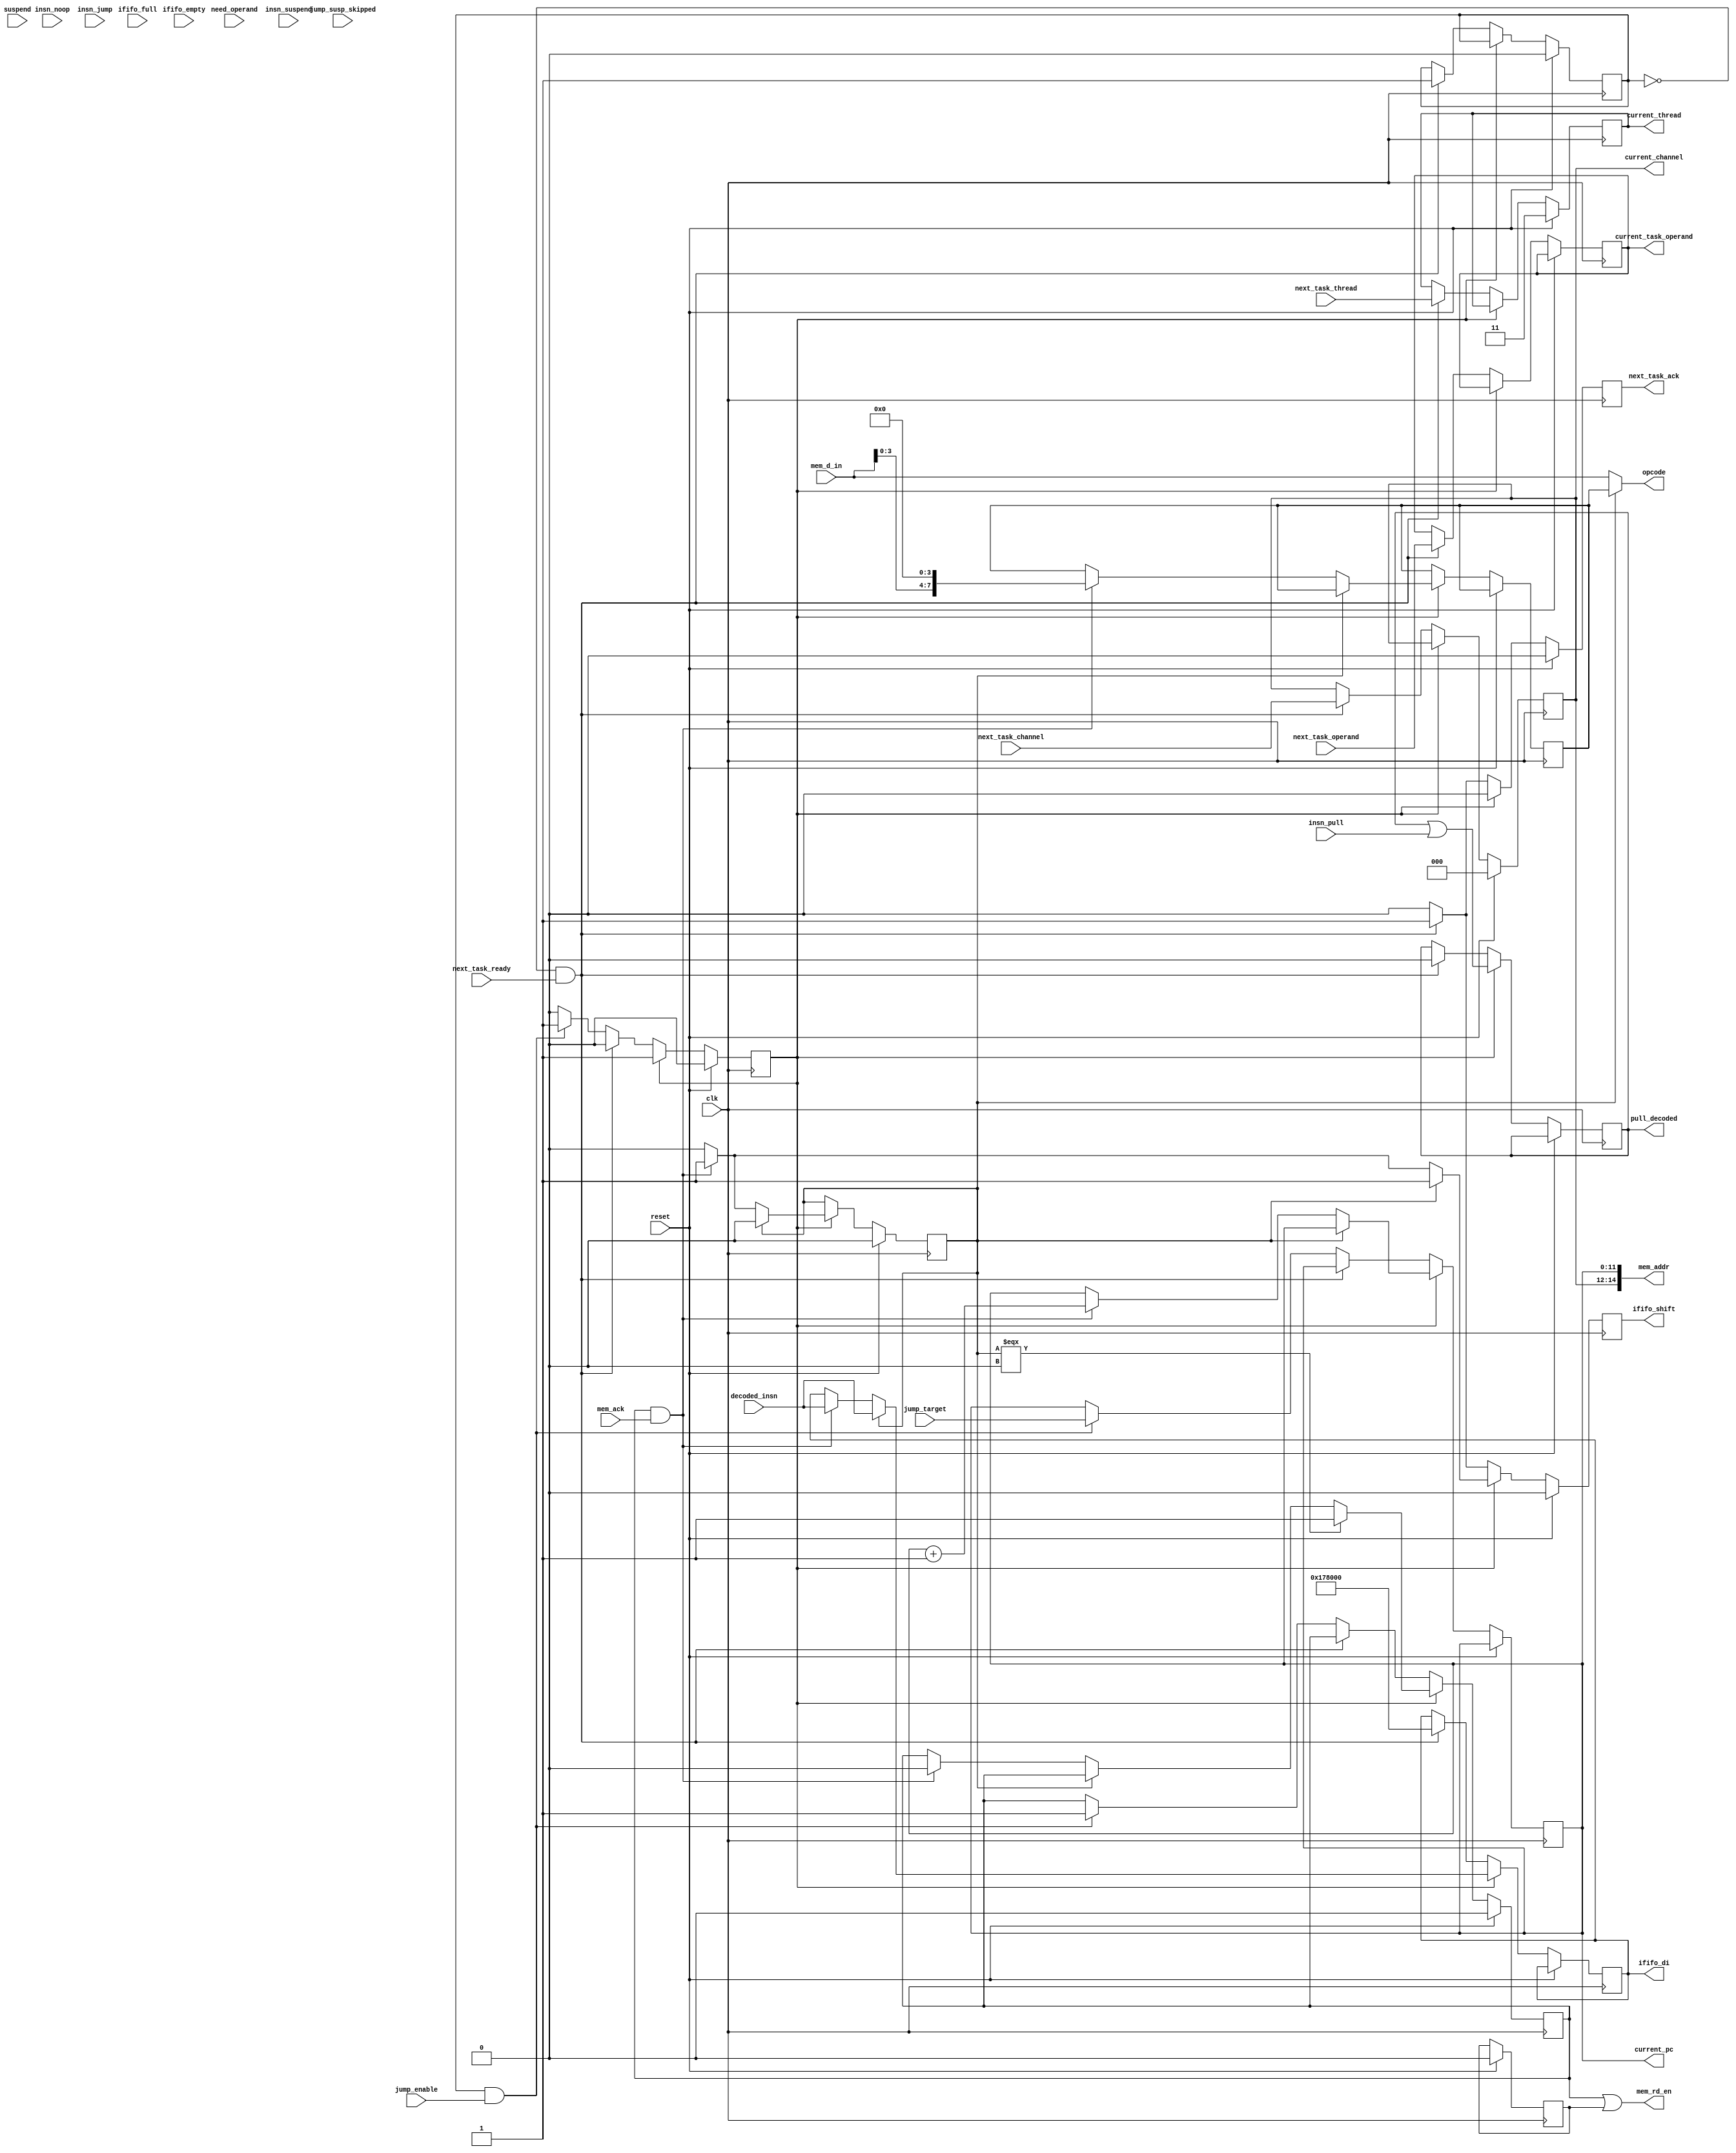
module instruction_fetch (
			  // generic inputs			  
			  clk, reset,
			  // connection to task launch fifo
			  next_task_channel, next_task_thread, next_task_operand,
			  next_task_ready, next_task_ack,
			  // connection to instruction decoder
			  opcode, pull_decoded, decoded_insn, need_operand, 
			  insn_noop, insn_suspend, insn_pull, insn_jump,
			  // connection to instruction fifo
			  ififo_di, ififo_empty, ififo_full, ififo_shift,
			  // feedback from execution stage
			  jump_enable, jump_target, suspend, jump_susp_skipped, 
			  // connection to memory controller
			  mem_addr, mem_rd_en, mem_d_in, mem_ack,
			  // status information
			  current_channel, current_thread, current_pc, current_task_operand
			  );

   // we only receive 3 bits of channel ID, not 4, as the least significant bit is
   // used to sort channel requests into separate queues, and this fetcher only operates
   // on one of those queues:
   parameter CHAN_SEL_SIZE=3;
   // each channel has 3 threads, 0 (input), 1 (output), 2 (request).  thread 3 is reserved.
   parameter THREAD_SEL_SIZE=2;
   parameter PC_SIZE=12;
   parameter MEM_ADDR_SIZE=12;
   // SRAM addresses are {channel number,local address}:
   parameter SRAM_ADDR_SIZE=MEM_ADDR_SIZE+CHAN_SEL_SIZE;   
   parameter OPCODE_SIZE=8;
   parameter OPERAND_SIZE=8;
   parameter DECODED_INSN_SIZE=24;
   parameter INSN_BUF_WIDTH=DECODED_INSN_SIZE;

   parameter DI_REQUESTPC = 24'h178000;

   // clock input (all activity to take place on positive edge)
   input                         clk;
   // reset (active high, synchronous)
   input 			 reset; 			 

   // connection to task launch fifo
   // ==============================
   // number of channel to start if no task currently executing
   input [CHAN_SEL_SIZE-1:0] 	 next_task_channel;
   // thread within channel
   input [THREAD_SEL_SIZE-1:0] 	 next_task_thread;
   // operand stored in task fifo to pass to thread's "PULL" instruction
   input [OPERAND_SIZE-1:0] 	 next_task_operand; 	 
   // high if new task available
   input 			 next_task_ready;
   // set to high whenever a new task is begun
   output 			 next_task_ack;
   
   // connection to instruction decoder
   // =================================
   // opcode being decoded
   output [OPCODE_SIZE-1:0] 	 opcode;
   // high if a pull instruction has already been decoded and the next element in the task fifo
   // is not for the current thread
   output 			 pull_decoded;
   // decoded instruction returned
   input [DECODED_INSN_SIZE-1:0] decoded_insn;
   // high if decoded instruction requires an operand
   input 			 need_operand;
   // High if decoded instruction is a noop 
   // (noops are ignored if they occur as the second nibble of a packed instruction word)
   input 			 insn_noop;
   // high if the decoded instruction will cause the thread to be suspended
   input 			 insn_suspend;
   // high if the decoded instruction is a pull instruction
   input 			 insn_pull;
   // high if the decoded instruction is a jump (which will cause temporary suspension of decoding)
   input 			 insn_jump;
   

   // connection to instruction fifo
   // ==============================
   // instruction to add to buffer
   output [INSN_BUF_WIDTH-1:0] 	 ififo_di;
   // signal for buffer empty
   input 			 ififo_empty;
   // signal for buffer full
   input 			 ififo_full;
   // strobe to add an instruction
   output 			 ififo_shift;

   // feedback from execution stage
   // =============================
   // set to true if a jump instruction in the queue is to be executed (and thus
   // decoding should resume from the jump target address)
   input 			 jump_enable;
   // if a jump instruction is executed, this is the target address of it
   input [MEM_ADDR_SIZE-1:0] 	 jump_target;
   // set to true if a suspend instruction is executed (and thus a new task
   // should be pulled from the task launch fifo)
   input 			 suspend;
   // set to true if a jump or suspend instruction in the queue is being skipped (and 
   // thus decoding should resume from the next instruction)
   input 			 jump_susp_skipped;

   // connection to memory controller
   // ===============================
   // address bus
   output [SRAM_ADDR_SIZE-1:0] 	 mem_addr;
   // read enable flag
   output 			 mem_rd_en;
   // memory data input
   input [OPCODE_SIZE-1:0] 	 mem_d_in;
   // data transfer acknowledgement, set to 1 when requested data has been read
   input 			 mem_ack;

   // status information
   // ==================
   // identifies the number of the currently executing channel
   output [CHAN_SEL_SIZE-1:0] 	 current_channel;
   // identifies the number of the currently executing thread
   output [THREAD_SEL_SIZE-1:0]  current_thread;
   // current program counter (used by the execution engine to store the updated program
   // counter if the thread suspends)
   output [MEM_ADDR_SIZE-1:0] 	 current_pc;
   // task launch operand (copied into a register on execution of the PULL instruction)
   output [OPERAND_SIZE-1:0] 	 current_task_operand;
   
   
/*
 
 NOTES ON BEHAVIOUR OF THE INSTRUCTION FETCH SYSTEM
 ==================================================
 
 This module implements one of the two instruction fetchers used by the processor.
 The instruction fetcher shares access with the static RAM used for data. Because the
 RAM is slower than the ALU, we divide the channels into two with separate RAM to provide
 a faster instruction stream in the hopes of being able to keep the ALU fully occupied.
 
 Access to RAM is managed externally; the instruction fetcher merely requests a read, and waits
 for the acknowledge flag to go high, at which point it knows that there is data available.
 
 The instruction fetcher doesn't have direct access to the task program counter; this must be
 provided externally when the task starts.  The fetcher keeps track of the current address and
 notifies other components of it (thus allowing the execution pipeline to update the program
 counter when the task is suspended).
 
 Sequence of operation is therefore:
 
 0. If there are no entries in the incoming task FIFO, do nothing; if there is an entry
    pull its details into internal registers and begin fetching the first instruction.
 
 1. When an instruction word is fetched, decode the first instruction and (if there are two instructions in the word)
    store the second in a register until later.
 
 2. If the current instruction requires an operand, fetch it.
 
 3. If an operand is received, or no operand was required, trigger the instruction buffer input flag.
 
 4. If there is a stored instruction, decode it and go back to 2.  Otherwise, start fetching the next instruction.
 
 If a task is started and we don't know it's PC (because it isn't the most recent task to execute in
 this fetcher), we send a RESTOREPC instruction to the execution pipeline and suspend fetching.  The pipeline
 will interpret this as a jump to the stored PC value, which it will cause to be fetched from the register file.
 
 If the first instruction of an invocation is conditional, it is ignored (it is assumed that it was a condition
 that evaluated to true on the last execution).
 
 If a jump instruction is decoded, suspend decoding.  If a PULL instruction is decoded, if it is the first
 since the task was begun, allow it to pass.  Otherwise, if the top entry in the incoming task FIFO is also
 for the same task, pull that task from the FIFO, store its operand, and allow it to pass.  Otherwise, change
 it to a SUSPEND operation, and suspend decoding.
 
 The execution pipeline signals when it executes a jump or a suspend operation, or if it skips either.
 
 * If a jump is executed, the instruction fetcher restarts fetching from an address provided by the execution unit
 
 * If a suspend is executed, the instruction fetcher starts the next incoming task, or returns to waiting for one
   to arrive
 
 * If either a jump or suspend is skipped, the instruction fetcher resumes from the point at which it was
   suspended (i.e. immediately after decoding a jump or suspend instruction).
 
 It is not supported for the first PULL instruction in a thread to be conditional (unless the conditional instruction
  is itself the first instruction, in which case it will be ignored, as above).  On first execution of the thread
 it must always succeed, and subsequent thread suspensions only occur on a PULL which is executed so in that case
 it will always be executed.
 
 Note that this requires that a PULL instruction must always be either the first instruction in a word, or if it is 
 the second, the first must either:
 
 * be a conditional execution instruction (which will be ignored), or
 * be idempotent (as it may be executed twice).
 
 Generally, the safest bet is to always align PULL instructions as the first instruction in a word.  
 
 A thread may also be suspended by a YIELD or PUT instruction if the destination is not available.  In order to allow
 for this possibility, these instructions also suspend the decoder, and are signalled as a skipped suspend if they
 succeed.  If either instruction is executed as the first instruction of a thread invocation, the invocation operand
 is deemed used.
 
 */ 


   
   // instruction fetch current state
   // ===============================

   reg 				 active;       // true if we are currently in fetch mode
   reg 				 task_loaded;  // true if the task information cache is correctly initialized
   
   reg [CHAN_SEL_SIZE-1:0] 	 current_channel;
   reg [THREAD_SEL_SIZE-1:0] 	 current_thread;
   reg [MEM_ADDR_SIZE-1:0] 	 current_pc;
   reg [OPERAND_SIZE-1:0] 	 current_task_operand;
   reg 				 pull_decoded;

   reg [OPCODE_SIZE-1:0]	 saved_opcode;
   reg 				 saved_opcode_valid;

   reg 				 fetching_insn, fetching_operand;
   
   // registered outputs
   reg 				 next_task_ack;
   reg 				 ififo_shift;
   reg [INSN_BUF_WIDTH-1:0] 	 ififo_di; 	 

 
   
   
   // combinatorial outputs
   // =====================

   assign opcode = saved_opcode_valid ? saved_opcode : mem_d_in;
   assign mem_addr = { current_channel, current_pc };
   assign mem_rd_en = fetching_insn | fetching_operand;
   
   // behaviour
   // =========

   always @(posedge clk)
     begin
	// default values for control lines that are activated for single cycles
	next_task_ack <= 0;
	ififo_shift <= 0;
	
	if (reset)
	  begin
	     // reset registers
	     $display ("reset");
	     
	     //$monitor ("task_loaded: %b, fetching_pc: %b, jump_enable: %b, jump_target: %x", 
	     //          task_loaded, fetching_pc, jump_enable, jump_target);
	     
	     active <= 0;
	     task_loaded <= 0;
	     current_channel <= 0;
	     current_thread <= 3;
	     saved_opcode_valid <= 0;
	     fetching_insn <= 0;
	     fetching_operand <= 0;
	  end
	else // not reset
	  begin
	     if (!active)
	       begin
		  //
		  // if active is low, we are not currently fetching instructions: either
		  // we don't have a current task (task_loaded is low), or we are waiting
		  // for a jump or suspend instruction to be executed/skipped.  Fetching
		  // the initial program counter for a task is a special case of the
		  // latter (and is handled exactly the same way).
		  //
		  if (!task_loaded && next_task_ready)
		    begin
		       $display ("starting task %x:%x", next_task_channel, next_task_thread);

		       // store task details
		       current_channel <= next_task_channel;
		       current_thread <= next_task_thread;
		       current_task_operand <= next_task_operand;
		       // remove task from queue
		       next_task_ack <= 1;
		       // request current PC (FIXME don't do this if we already have correct PC)
		       ififo_di <= DI_REQUESTPC;
		       ififo_shift <= 1;
		       // we haven't decoded a PULL instruction yet
		       pull_decoded <= 0;
		       // the task is loaded
		       task_loaded <= 1;
		    end
		  else if (task_loaded && jump_enable)
		    begin
		       $display ("jump detected (new target %x)", jump_target);
		       
		       current_pc <= jump_target;
		       active <= 1;
		       //
		       // always begin fetching the next instruction after a jump
		       // (the queue should always be empty in this situation)
		       //
		       fetching_insn <= 1;
		       // FIXME: do we need to clear partial opcode loads/etc?
		    end
	       end // if (!active)
	     else
	       begin
		  //
		  // if active is high, we have a task and are fetching instructions.
		  //

		  // if we've decoded an instruction, it may induce state changes:
		  pull_decoded <= pull_decoded | insn_pull;
		  
		  if (saved_opcode_valid)
		    begin
		       // we have a partially processed instruction word; finish handling the rest
		       ififo_shift <= 1;
		       ififo_di <= decoded_insn;
		       saved_opcode_valid <= 0;

		       // FIXME: handle operand bytes
		    end
		  else if (fetching_insn && mem_ack)
		    begin
		       //
		       // we've loaded a new instruction word, and the first opcode should have been decoded
		       // so shift it into the fifo
		       //
		       saved_opcode <= { mem_d_in[3:0], 4'b0000 };
		       saved_opcode_valid <= 1;
		       ififo_shift <= 1;
		       ififo_di <= decoded_insn;
		       fetching_insn <= 0;
		       current_pc <= current_pc + 1;

		       // FIXME: handle full-byte instructions
		       
		       // FIXME: handle operand bytes
		    end // if (fetching_insn && mem_ack)

		  if (saved_opcode_valid === 0)
		    begin
		       fetching_insn <= 1;
		    end
		  
	       end 
	     
	  end
     end // always @ (posedge clk)
   

   always @(negedge clk)
     begin
	if (ififo_shift)
	  begin
	     // process state changes induced by the most recently decoded instruction
	  end
     end
   
	
endmodule